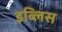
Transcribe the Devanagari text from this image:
इब्लिस